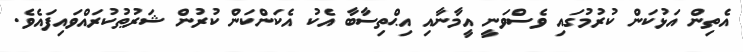
އެތިން އަޅުކަން ކުރުމުގައި ވެސްވަނީ އީމާނާއި އިޙްތިސާބާ އެކު އެކަންކަން ކުރުން ޝަރުޠުކުރައްވައިފައެވެ.